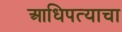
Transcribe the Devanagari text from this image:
आधिपत्याचा